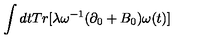
\int d t T r [ \lambda \omega ^ { - 1 } ( \partial _ { 0 } + B _ { 0 } ) \omega ( t ) ]